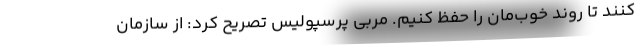
کنند تا روند خوب‌مان را حفظ کنیم. مربی پرسپولیس تصریح کرد: از سازمان